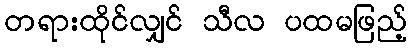
တရားထိုင်လျှင် သီလ ပထမဖြည့်